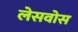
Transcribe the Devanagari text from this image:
लेसवोस